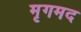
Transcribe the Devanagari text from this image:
मृगमद